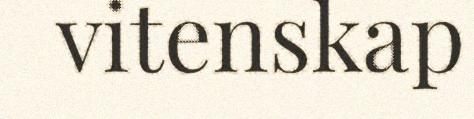
vitenskap